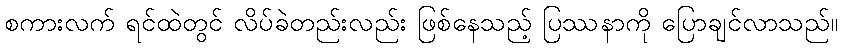
စကားလက် ရင်ထဲတွင် လိပ်ခဲတည်းလည်း ဖြစ်နေသည့် ပြဿနာကို ပြောချင်လာသည်။